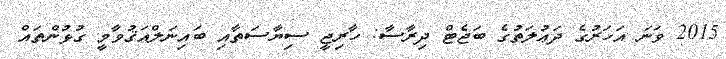
2015 ވަނަ އަހަރުގެ ދަޢުލަތުގެ ބަޖެޓް ދިރާސާ: ހާރިޖީ ސިޔާސަތާއި ބައިނަލްއަޤުވާމީ ގުޅުންތައް